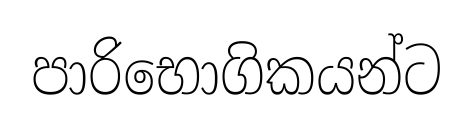
පාරිභොගිකයන්ට